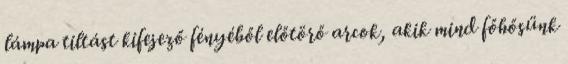
lámpa tiltást kifejező fényéből előtörő arcok, akik mind főhősünk